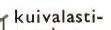
kuivalasti-